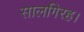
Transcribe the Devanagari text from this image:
सालगिरह।